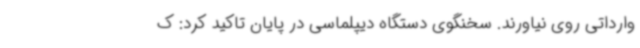
وارداتی روی نیاورند. سخنگوی دستگاه دیپلماسی در پایان تاکید کرد: ک